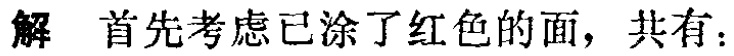
解 首先考虑已涂了红色的面，共有：